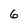
Character: 6